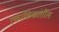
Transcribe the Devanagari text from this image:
एकांकिकांतील